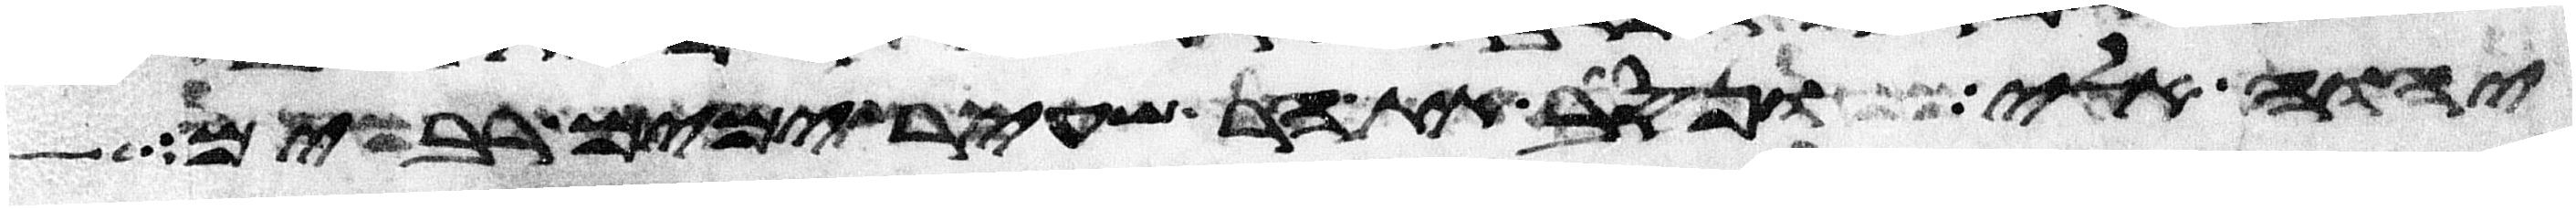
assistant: יהוה אלי ונסב את הר שעיר ימים רבים